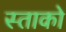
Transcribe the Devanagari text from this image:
स्ताको